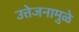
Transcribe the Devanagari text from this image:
उत्तेजनामुळे